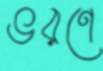
ভরণে